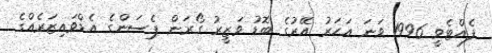
ފެއްޓެވީ 1996 ވަނަ އަހަރު އޭރުގެ ބޮޑު ވަޒީރު ގޯރަން ޕެސަންގެ އެޑްވައިޒަރެއްގެ